Leaving Certificate Examination, 1903
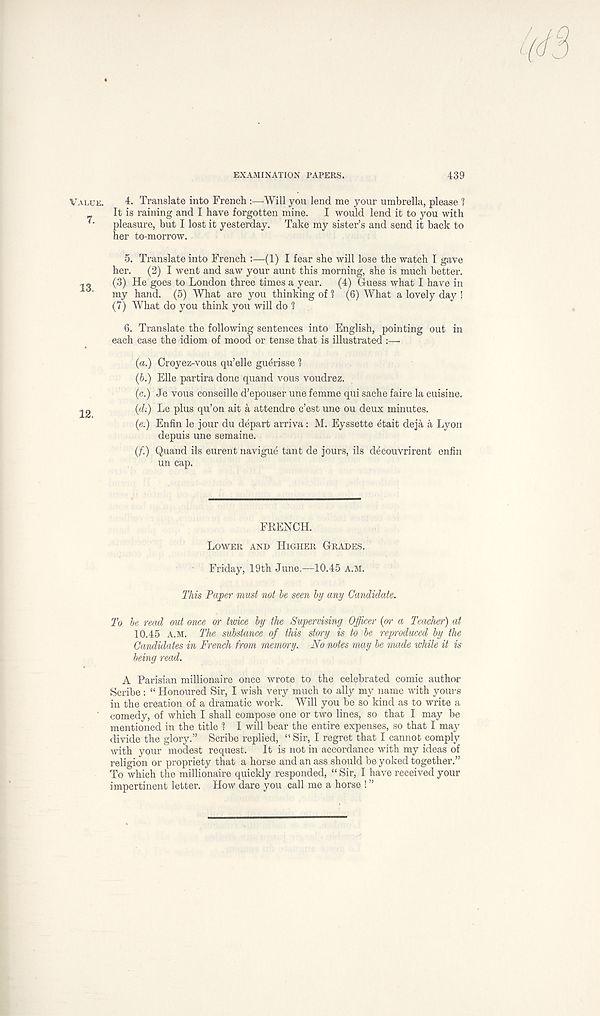
EXAMINATION PAPERS.
439
VALUE.
4. Translate into French :—Will you lend me your umbrella, please ?
It is raining and I have forgotten mine.
I would lend it to you with
"■
pleasure, but I lost it yesterday. Take my sister’s and send it back to
her to-morrow.
5. Translate into French :—(1) I fear she will lose the watch I gave
her.
(2) I went and saw your aunt this morning, she is much better.
(3) He goes to London three times a year.
(4) Guess what I have in
my hand. (5) What are you thinking of 1 (6) What a lovely day !
(7) What do you think you will do 1
6. Translate the following sentences into English, pointing out in
each case the idiom of mood or tense that is illustrated :—
(a.) Groyez-vous qu’elle gudrisse 1
(b.) File partira done quand vous voudrez.
(c.) Je vous conseille d’epouser une femme qui sache faire la cuisine,
jg
(Vi:) Le plus qu’on ait a attendre e’est une ou deux minutes.
(e.) Enfin le jour du depart arriva: M. Eyssette etait deja a Lyon
depuis une semaine.
(f.) Quand ils eurent navigue tant de jours, ils decouvrirent enfin
un cap.
FRENCH.
LOWER AND HIGHER GRADES.
Friday, 19th June,—10.45 A.M.
This Paper must not be seen by any Candidate.
To be read out once or twice by the Supervising Officer (or a Teacher) at
10.45 A.M. The substance of this storry is to be reproduced by the
Candidates in French from memory. No notes may be made while it is
being read.
A Parisian millionaire once wrote to the celebrated comic author
Scribe : “ Honoured Sir, I wish very much to ally my name with yours
in the creation of a dramatic work. Will you be so kind as to write a
comedy, of which I shall compose one or two lines, so that I may be
mentioned in the title 1 I will bear the entire expenses, so that I may
divide the glory.” Scribe replied, “ Sir, I regret that I cannot comply
with your modest request.
It is not in accordance with my ideas of
religion or propriety that a horse and an ass should be yoked together.”
To which the millionaire quickly responded, “ Sir, I have received your
impertinent letter. How dare you call me a horse ! ”